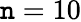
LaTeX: \mathtt{n}=10